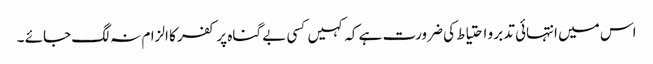
اس میں انتہائی تدبر و احتیاط کی ضرورت ہے کہ کہیں کسی بے گناہ پر کفر کا الزام نہ لگ جائے ۔